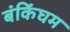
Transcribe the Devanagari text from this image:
बंकिंघम